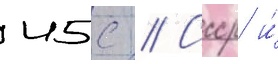
45с // Ссср и́